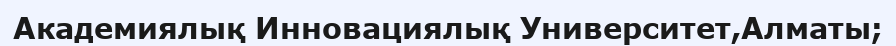
Академиялық Инновациялық Университет,Алматы;